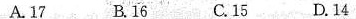
A.17 B.16 C.15 D.14